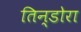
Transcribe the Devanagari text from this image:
तिन्डोरा